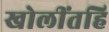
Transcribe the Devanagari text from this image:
खोलींतहि